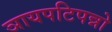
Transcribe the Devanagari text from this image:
ञायपटिपन्नो